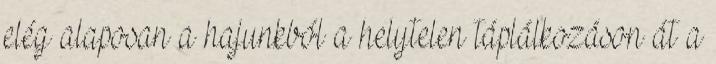
elég alaposan a hajunkból a helytelen táplálkozáson át a